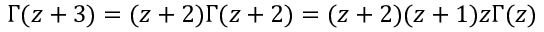
\Gamma ( z + 3 ) = ( z + 2 ) \Gamma ( z + 2 ) = ( z + 2 ) ( z + 1 ) z \Gamma ( z )